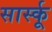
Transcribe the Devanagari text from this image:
सार्स्कू